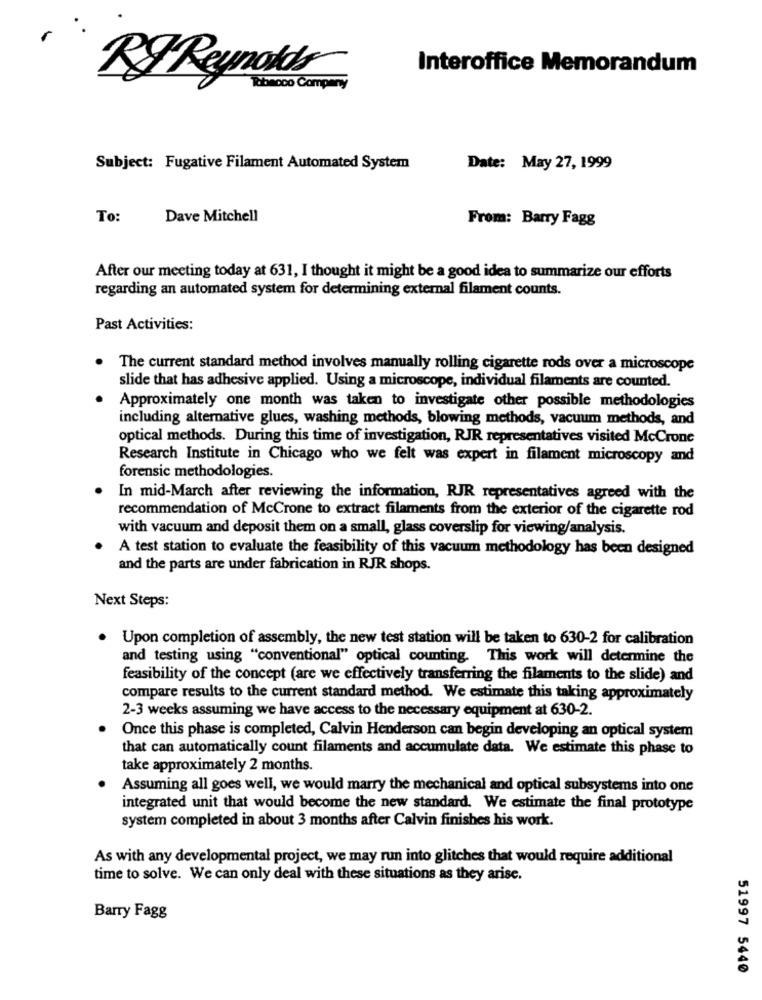
Interoffice Memorandum
Robmoco Company
Subject: Fugative Filament Automated System
Date: May 27, 1999
To:
Dave Mitchell
From: Barry Fagg
After our meeting today at 631, I thought it might be a good idea to summarize our efforts
regarding an automated system for determining external filament counts.
Past Activities:
The current standard method involves manually rolling cigarette rods over a microscope
slide that has adhesive applied. Using a microscope, individual filaments are counted.
Approximately one month was taken to investigate other possible methodologies
including alternative glues, washing methods, blowing methods, vacuum methods, and
optical methods. During this time of investigation, RJR representatives visited McCrone
Research Institute in Chicago who we felt was expert in filament microscopy and
forensic methodologies.
In mid-March after reviewing the information, RJR representatives agreed with the
recommendation of McCrone to extract filaments from the exterior of the cigarette rod
with vacuum and deposit them on a small, glass coverslip for viewing/analysis.
A test station to evaluate the feasibility of this vacuum methodology has been designed
and the parts are under fabrication in RJR shops.
Next Steps:
Upon completion of assembly, the new test station will be taken to 630-2 for calibration
and testing using "conventional" optical counting. This work will determine the
feasibility of the concept (are we effectively transferring the filaments to the slide) and
compare results to the current standard method. We estimate this taking approximately
2-3 weeks assuming we have access to the necessary equipment at 630-2.
Once this phase is completed, Calvin Henderson can begin developing an optical system
that can automatically count filaments and accumulate data. We estimate this phase to
take approximately 2 months.
Assuming all goes well, we would marry the mechanical and optical subsystems into one
integrated unit that would become the new standard. We estimate the final prototype
system completed in about 3 months after Calvin finishes his work.
As with any developmental project, we may run into glitches that would require additional
time to solve. We can only deal with these situations as they arise.
Barry Fagg
51997 5440